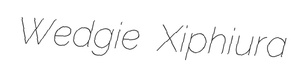
Wedgie Xiphiura